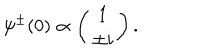
\psi ^ { \pm } ( 0 ) \propto \left( \begin{matrix} { { 1 } } \\ { { \pm i } } \\ \end{matrix} \right) .